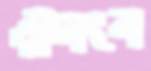
ঔবংব